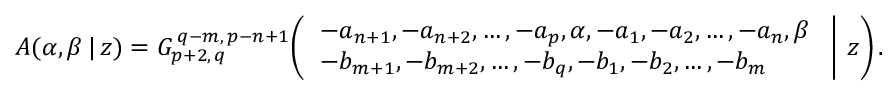
A ( \alpha , \beta \, | \, z ) = G _ { p + 2 , \, q } ^ { \, q - m , \, p - n + 1 } \! \left( \left. { \begin{array} { l } { - a _ { n + 1 } , - a _ { n + 2 } , \dots , - a _ { p } , \alpha , - a _ { 1 } , - a _ { 2 } , \dots , - a _ { n } , \beta } \\ { - b _ { m + 1 } , - b _ { m + 2 } , \dots , - b _ { q } , - b _ { 1 } , - b _ { 2 } , \dots , - b _ { m } } \end{array} } \; \right| \, z \right) .